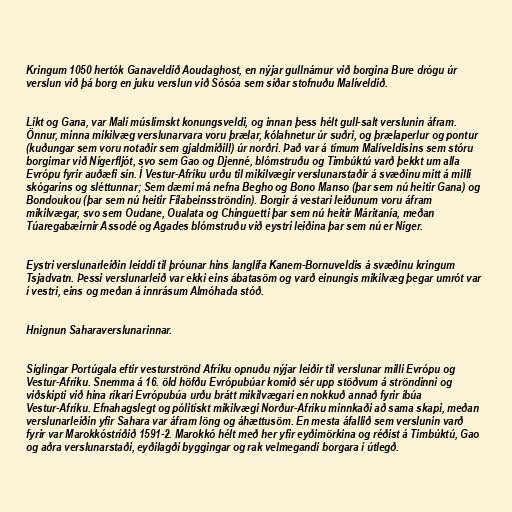
Kringum 1050 hertók Ganaveldið Aoudaghost, en nýjar gullnámur við borgina Bure drógu úr
verslun við þá borg en juku verslun við Sósóa sem síðar stofnuðu Malíveldið.

Líkt og Gana, var Malí múslímskt konungsveldi, og innan þess hélt gull-salt verslunin áfram.
Önnur, minna mikilvæg verslunarvara voru þrælar, kólahnetur úr suðri, og þrælaperlur og pontur
(kuðungar sem voru notaðir sem gjaldmiðill) úr norðri. Það var á tímum Malíveldisins sem stóru
borgirnar við Nígerfljót, svo sem Gao og Djenné, blómstruðu og Timbúktú varð þekkt um alla
Evrópu fyrir auðæfi sín. Í Vestur-Afríku urðu til mikilvægir verslunarstaðir á svæðinu mitt á milli
skógarins og sléttunnar; Sem dæmi má nefna Begho og Bono Manso (þar sem nú heitir Gana) og
Bondoukou (þar sem nú heitir Fílabeinsströndin). Borgir á vestari leiðunum voru áfram
mikilvægar, svo sem Oudane, Oualata og Chinguetti þar sem nú heitir Máritanía, meðan
Túaregabæirnir Assodé og Agades blómstruðu við eystri leiðina þar sem nú er Níger.

Eystri verslunarleiðin leiddi til þróunar hins langlífa Kanem-Bornuveldis á svæðinu kringum
Tsjadvatn. Þessi verslunarleið var ekki eins ábatasöm og varð einungis mikilvæg þegar umrót var
í vestri, eins og meðan á innrásum Almóhada stóð.

Hnignun Saharaverslunarinnar.

Siglingar Portúgala eftir vesturströnd Afríku opnuðu nýjar leiðir til verslunar milli Evrópu og
Vestur-Afríku. Snemma á 16. öld höfðu Evrópubúar komið sér upp stöðvum á ströndinni og
viðskipti við hina ríkari Evrópubúa urðu brátt mikilvægari en nokkuð annað fyrir íbúa
Vestur-Afríku. Efnahagslegt og pólitískt mikilvægi Norður-Afríku minnkaði að sama skapi, meðan
verslunarleiðin yfir Sahara var áfram löng og áhættusöm. En mesta áfallið sem verslunin varð
fyrir var Marokkóstríðið 1591-2. Marokkó hélt með her yfir eyðimörkina og réðist á Timbúktú, Gao
og aðra verslunarstaði, eyðilagði byggingar og rak velmegandi borgara í útlegð.